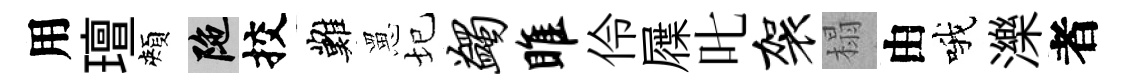
用璮頰陀挍難罳圮蠲雎伶屧叱袈榻由哦濼者